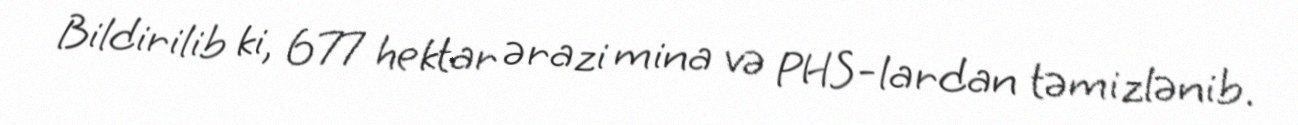
Bildirilib ki, 677 hektar ərazi mina və PHS-lardan təmizlənib.